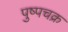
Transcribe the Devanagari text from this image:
पुष्पचक्र